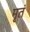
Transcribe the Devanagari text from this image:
मृतं